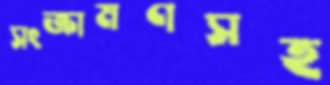
সংক্রামণসহ